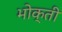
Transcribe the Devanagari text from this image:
भोक्ती